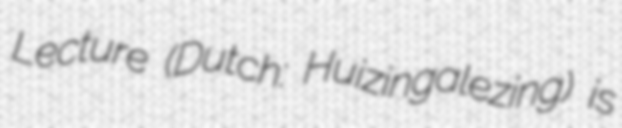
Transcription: Lecture (Dutch: Huizingalezing) is